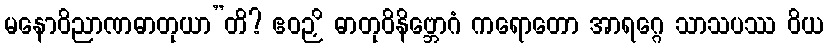
မနောဝိညာဏဓာတုယာ”တိ? ဧဝဉှိ ဓာတုဝိနိဗ္ဘောဂံ ကရောတော အာရဂ္ဂေ သာသပဿ ဝိယ